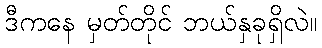
ဒီကနေ မှတ်တိုင် ဘယ်နှခုရှိလဲ။